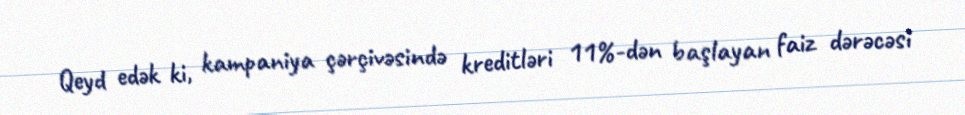
Qeyd edək ki, kampaniya çərçivəsində kreditləri 11%-dən başlayan faiz dərəcəsi